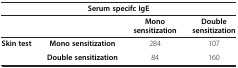
| <COLSPAN=4> Serum specifc IgE |
 |  |  | Mono sensitization | Double sensitization |
 | --- | --- | --- | --- |
 | Skin test | Mono sensitization | 284 | 107 |
 |  | Double sensitization | 84 | 160 |